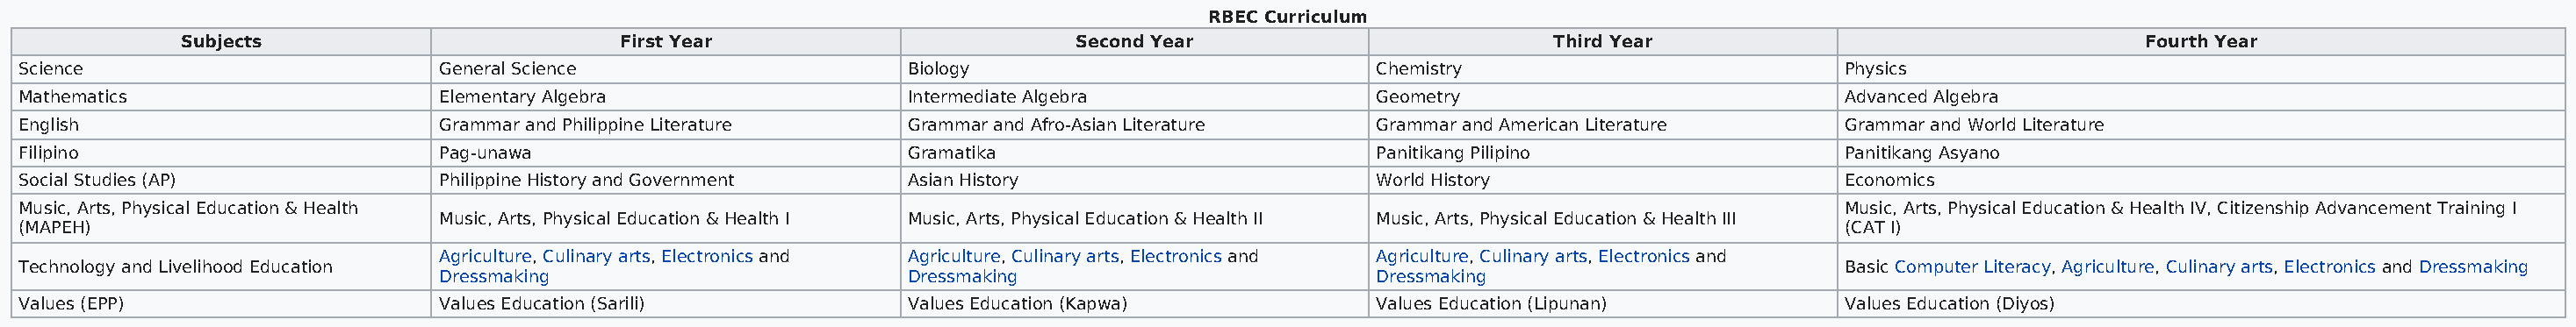
RBEC Curriculum
 Subjects                         First Year                        Second Year                         Third Year                                   Fourth Year
 Science                         General Science                    Biology                             Chemistry                          Physics
 Mathematics                     Elementary Algebra                 Intermediate Algebra                Geometry                           Advanced Algebra
 English                         Grammar and Philippine Literature  Grammar and Afro-Asian Literature   Grammar and American Literature    Grammar and World Literature
 Filipino                        Pag-unawa                          Gramatika                           Panitikang Pilipino                Panitikang Asyano
 Social Studies (AP)             Philippine History and Government  Asian History                       World History                      Economics
 Music, Arts, Physical Education & Health                                                                                                  Music, Arts, Physical Education & Health IV, Citizenship Advancement Training I
 Music, Arts, Physical Education & Health I Music, Arts, Physical Education & Health II Music, Arts, Physical Education & Health III
 (MAPEH)                                                                                                                                   (CAT I)
 Agriculture, Culinary arts, Electronics and Agriculture, Culinary arts, Electronics and Agriculture, Culinary arts, Electronics and
 Technology and Livelihood Education                                                                                                       Basic Computer Literacy, Agriculture, Culinary arts, Electronics and Dressmaking
 Dressmaking                        Dressmaking                         Dressmaking
 Values (EPP)                    Values Education (Sarili)          Values Education (Kapwa)            Values Education (Lipunan)         Values Education (Diyos)